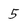
Character: 5